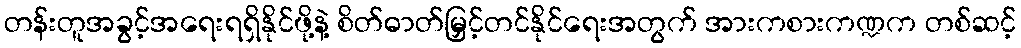
တန်းတူအခွင့်အရေးရရှိနိုင်ဖို့နဲ့ စိတ်ဓာတ်မြှင့်တင်နိုင်ရေးအတွက် အားကစားကဏ္ဍက တစ်ဆင့်